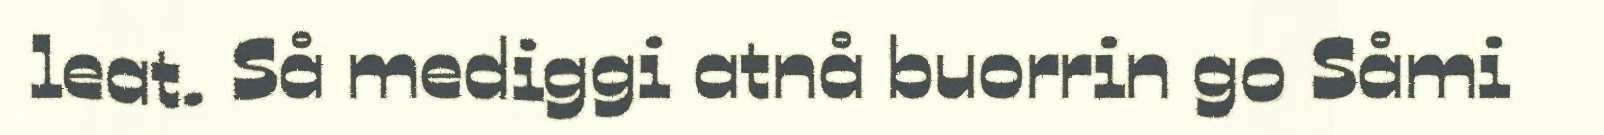
leat. Så mediggi atnå buorrin go Såmi